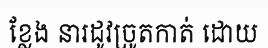
ខ្លែង នារដូវច្រូតកាត់ ដោយ